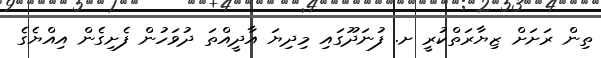
ތިން ރަށަށް ޒިޔާރަތްކުރީ ށ. ފުނަދޫގައި މިދިޔަ އާދީއްތަ ދުވަހުން ފެށިގެން އިއްޔެގެ